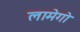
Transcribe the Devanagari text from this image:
लामेगो